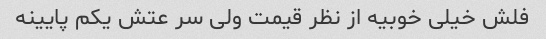
فلش خیلی خوبیه از نظر قیمت ولی سر عتش یکم پایینه